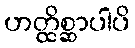
ဟတ္ထိစ္ဆာပါပိ